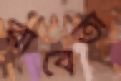
রাবেতা